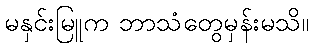
မနှင်းမြူက ဘာသံတွေမှန်းမသိ။